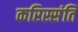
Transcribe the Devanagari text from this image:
करिस्संति